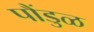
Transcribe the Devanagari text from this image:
पौंडुळ